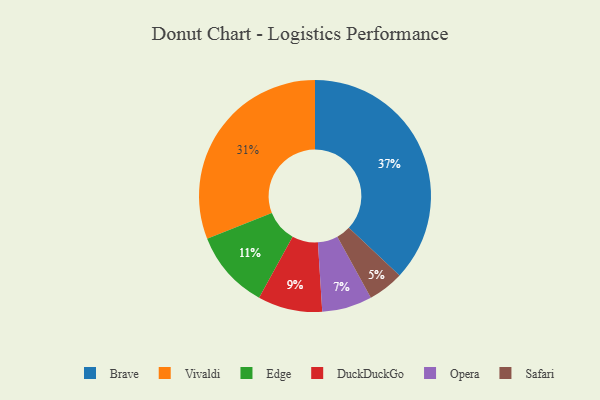
{"axis": {"x": "Category", "y": "Percentage"}, "legend": ["Brave", "DuckDuckGo", "Edge", "Opera", "Safari", "Vivaldi"], "data": [{"x": "Opera", "y": 7, "type": "Opera"}, {"x": "Edge", "y": 11, "type": "Edge"}, {"x": "Brave", "y": 37, "type": "Brave"}, {"x": "Vivaldi", "y": 31, "type": "Vivaldi"}, {"x": "DuckDuckGo", "y": 9, "type": "DuckDuckGo"}, {"x": "Safari", "y": 5, "type": "Safari"}]}